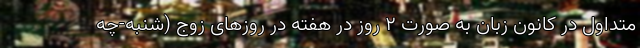
متداول در کانون زبان به صورت ۲ روز در هفته در روزهای زوج (شنبه-چه